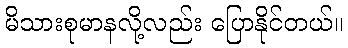
မိသားစုမာနလို့လည်း ပြောနိုင်တယ်။